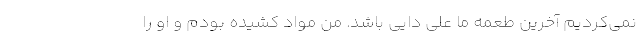
نمی‌کردیم آخرین طعمه ما علی دایی باشد. من مواد کشیده بودم و او را